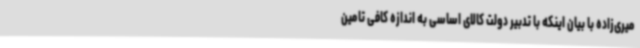
میری‌زاده با بیان اینکه با تدبیر دولت کالای اساسی به اندازه کافی تامین